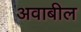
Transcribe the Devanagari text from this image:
अवाबील